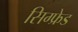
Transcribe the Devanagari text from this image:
सिग्फ्रेड